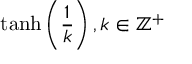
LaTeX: \operatorname { t a n h } \left( { \frac { 1 } { k } } \right) , k \in \mathbb { Z } ^ { + }